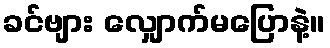
ခင်ဗျား လျှောက်မပြောနဲ့။